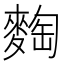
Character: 𪌼